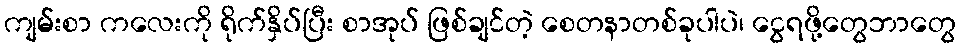
ကျမ်းစာ ကလေးကို ရိုက်နှိပ်ပြီး စာအုပ် ဖြစ်ချင်တဲ့ စေတနာတစ်ခုပါပဲ၊ ငွေရဖို့တွေဘာတွေ